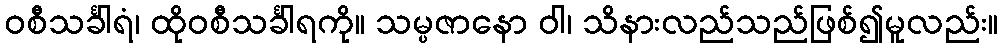
ဝစီသင်္ခါရံ၊ ထိုဝစီသင်္ခါရကို။ သမ္ပဇာနော ဝါ၊ သိနားလည်သည်ဖြစ်၍မူလည်း။